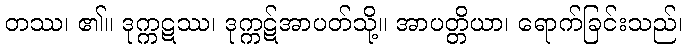
တဿ၊ ၏။ ဒုက္ကဋဿ၊ ဒုက္ကဋ်အာပတ်သို့။ အာပတ္တိယာ၊ ရောက်ခြင်းသည်၊